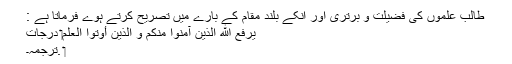
طالب علموں کی فضیلت و برتری اور انکے بلند مقام کے بارے میں تصریح کرتے ہوے فرماتا ہے :
يَرْفَعِ اللَّهُ الَّذينَ آمَنُوا مِنْكُمْ وَ الَّذينَ أُوتُوا الْعِلْمَ‏ دَرَجاتٍ
‏ .ترجمہ۔